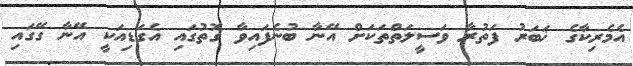
އެމެރިކާގެ ޚަބަރު ފަތުރާ ވަސީލަތްތަކަށް އޭނާ ބުނެފައިވާ ގޮތުގައި އެގަޑިއަކީ އޭނާ ގޭގައި